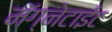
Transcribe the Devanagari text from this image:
मॅग्नेटाईट